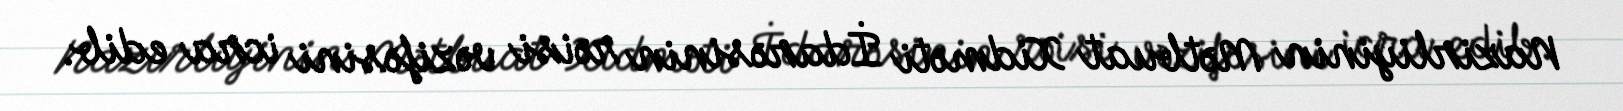
Nazirliyinin Mətbuat Xidməti İdarəsinin rəisi vəzifəsini icra edib.